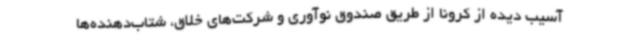
آسیب دیده از کرونا از طریق صندوق نوآوری و شرکت‌های خلاق، شتاب‌دهنده‌ها